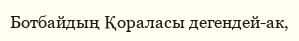
Ботбайдың Қораласы дегендей-ак,